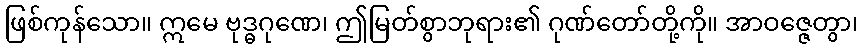
ဖြစ်ကုန်သော။ ဣမေ ဗုဒ္ဓဂုဏေ၊ ဤမြတ်စွာဘုရား၏ ဂုဏ်တော်တို့ကို။ အာဝဇ္ဇေတွာ၊